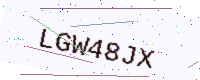
Text: LGW48JX